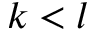
k < l